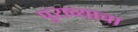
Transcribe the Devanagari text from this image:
पुराव्याचा